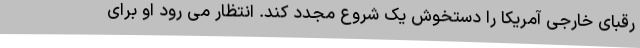
رقبای خارجی آمریکا را دستخوش یک شروع مجدد کند. انتظار می رود او برای